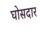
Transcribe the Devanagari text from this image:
घोसदार